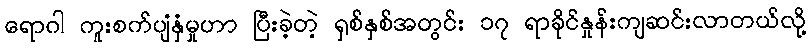
ရောဂါ ကူးစက်ပျံနှံမှုဟာ ပြီးခဲ့တဲ့ ရှစ်နှစ်အတွင်း ၁၇ ရာခိုင်နှုန်းကျဆင်းလာတယ်လို့